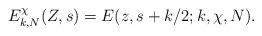
LaTeX: \begin{align*}E_{k,N}^{\chi}(Z,s) = E(z,s+k/2;k,\chi, N).\end{align*}